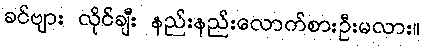
ခင်ဗျား လိုင်ချီး နည်းနည်းလောက်စားဦးမလား။